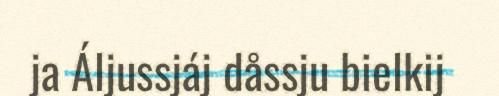
ja Áljussjáj dåssju bielkij